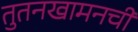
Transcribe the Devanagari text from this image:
तुतनखामनची